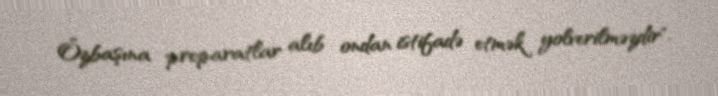
Özbaşına preparatlar alıb ondan istifadə etmək yolverilməzdir".